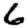
Digit: 6